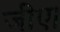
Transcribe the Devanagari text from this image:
जीए।